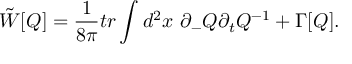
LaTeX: \tilde { W } [ Q ] = \frac { 1 } { 8 \pi } t r \int d ^ { 2 } x ~ \partial _ { - } Q \partial _ { t } Q ^ { - 1 } + \Gamma [ Q ] .